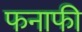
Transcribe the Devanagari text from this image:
फनाफी